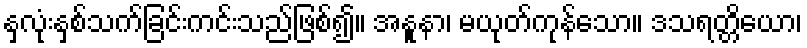
နှလုံးနှစ်သက်ခြင်းကင်းသည်ဖြစ်၍။ အနူနာ၊ မယုတ်ကုန်သော။ ဒသရတ္တိယော၊